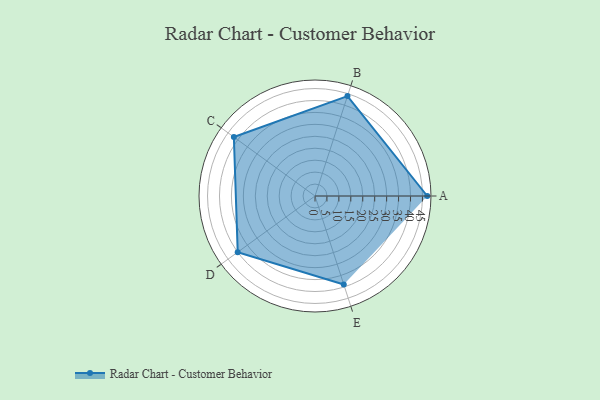
{"axis": {"x": "Skill", "y": "Score"}, "legend": ["Profile"], "data": [{"x": "A", "y": 47.0, "type": "Profile"}, {"x": "B", "y": 44.0, "type": "Profile"}, {"x": "C", "y": 42.0, "type": "Profile"}, {"x": "D", "y": 40.0, "type": "Profile"}, {"x": "E", "y": 39.0, "type": "Profile"}]}